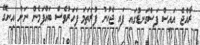
ރާއްޖެ އައިސް ފަސްގަނޑުގައި ފައި ޖެހުނު ފުރަތަމަ ފަހަރުވެސް ބައްޕަމެން ނަށް އިނގޭ